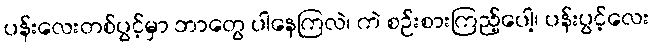
ပန်းလေးတစ်ပွင့်မှာ ဘာတွေ ပါနေကြလဲ၊ ကဲ စဉ်းစားကြည့်ပေါ့၊ ပန်းပွင့်လေး